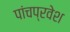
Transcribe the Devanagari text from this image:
पांचप्रवेश